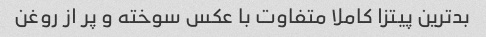
بدترین پیتزا کاملا متفاوت با عکس سوخته و پر از روغن